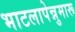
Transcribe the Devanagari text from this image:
भाटलापेन्नुमारू